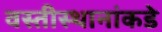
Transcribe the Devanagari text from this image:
वस्तीस्थानांकडे